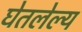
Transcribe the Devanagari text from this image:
घेतलेल्य